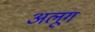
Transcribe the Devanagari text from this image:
अलूग